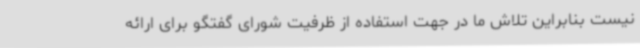
نیست بنابراین تلاش ما در جهت استفاده از ظرفیت شورای گفتگو برای ارائه